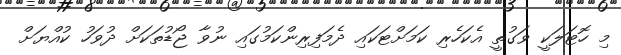
މި ހޮޓަލަކީ ވަގުތީ އެކަހެރި ކަމަށްޓަކައި ދެމަފިރިންކަމުގައި ނުވާ ޖޯޑުތަކަށް ދުވަހު ކުއްޔަށް